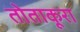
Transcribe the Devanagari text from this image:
तोताकूरा